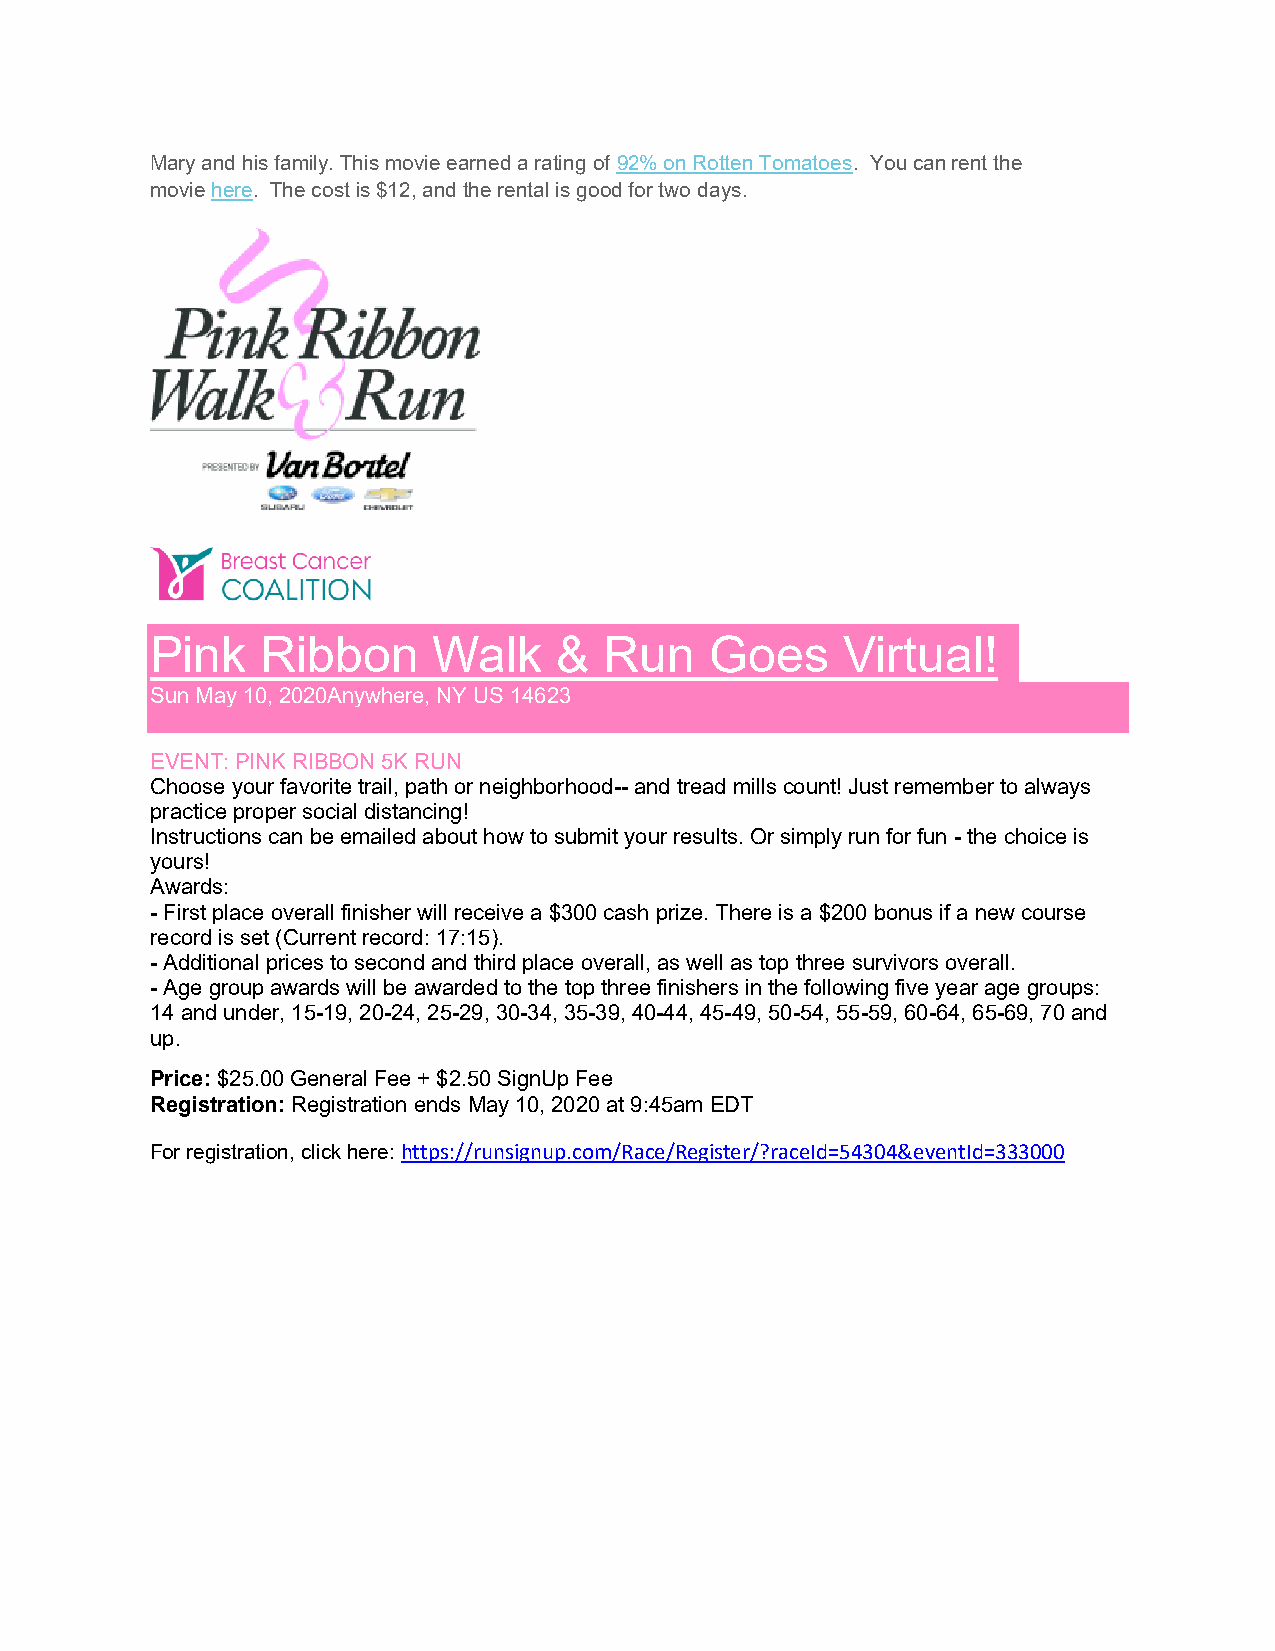
Mary and his family. This movie earned a rating of 92% on Rotten Tomatoes. You can rent the
 movie here. The cost is $12, and the rental is good for two days.
 Pink   Ribbon      Walk    &  Run    Goes     Virtual!
 Sun May 10, 2020Anywhere, NY US 14623
 EVENT: PINK RIBBON 5K RUN
 Choose your favorite trail, path or neighborhood-- and tread mills count! Just remember to always
 practice proper social distancing!
 Instructions can be emailed about how to submit your results. Or simply run for fun - the choice is
 yours!
 Awards:
 - First place overall finisher will receive a $300 cash prize. There is a $200 bonus if a new course
 record is set (Current record: 17:15).
 - Additional prices to second and third place overall, as well as top three survivors overall.
 - Age group awards will be awarded to the top three finishers in the following five year age groups:
 14 and under, 15-19, 20-24, 25-29, 30-34, 35-39, 40-44, 45-49, 50-54, 55-59, 60-64, 65-69, 70 and
 up.
 Price: $25.00 General Fee + $2.50 SignUp Fee
 Registration: Registration ends May 10, 2020 at 9:45am EDT
 For registration, click here: https://runsignup.com/Race/Register/?raceId=54304&eventId=333000